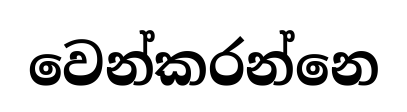
වෙන්කරන්නෙ